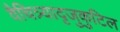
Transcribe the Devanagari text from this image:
वैचित्र्यादृजुकुटिल